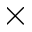
\times